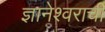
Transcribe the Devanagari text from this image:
ज्ञानेश्वराची